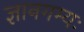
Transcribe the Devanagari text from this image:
ज्ञानगम्यः